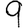
Digit: 9